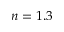
n = 1 . 3